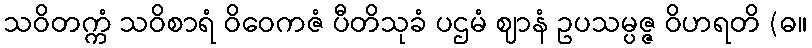
သဝိတက္ကံ သဝိစာရံ ဝိဝေကဇံ ပီတိသုခံ ပဌမံ ဈာနံ ဥပသမ္ပဇ္ဇ ဝိဟရတိ (ဓ။